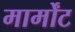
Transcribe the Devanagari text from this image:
मार्मोंट